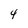
Character: 4